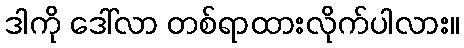
ဒါကို ဒေါ်လာ တစ်ရာထားလိုက်ပါလား။